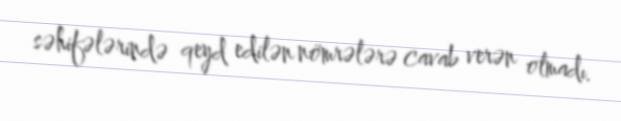
səhifələrində qeyd edilən nömrələrə cavab verən olmadı.